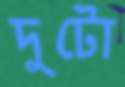
দুটো